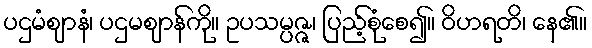
ပဌမံဈာနံ၊ ပဌမဈာန်ကို။ ဥပသမ္ပဇ္ဇ၊ ပြည့်စုံစေ၍။ ဝိဟရတိ၊ နေ၏။